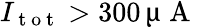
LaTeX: I_{\mathrm{~t~o~t~}}>300\, \upmu\mathrm{~A~}